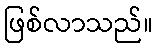
ဖြစ်လာသည်။